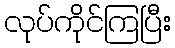
လုပ်ကိုင်ကြပြီး